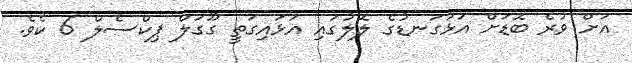
އަށް ވުރެ ބޮޑަށް އަޅުގަނޑުގެ ލޮލުގައި އަޅައިގަތީ ގޫގަލް ޕިކްސެލް 6 ކެވެ.